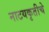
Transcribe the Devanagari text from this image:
नाटयकृतीचे